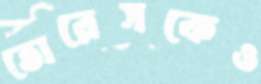
তোরেসকেও